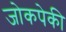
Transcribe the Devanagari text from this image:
जोकपेकी